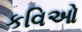
કવિઓ